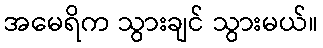
အမေရိက သွားချင် သွားမယ်။